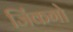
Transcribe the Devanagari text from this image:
जिंकगो